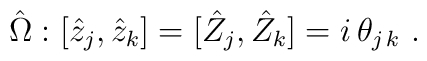
\hat{\Omega}: [\hat{z}_j,\hat{z}_k]=[\hat{Z}_j,\hat{Z}_k]=i\,\theta_{j\,k}~.